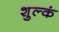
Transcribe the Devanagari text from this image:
शुल्कं